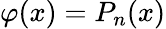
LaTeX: \varphi(x)=P_{n}(x)